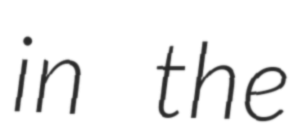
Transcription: in the